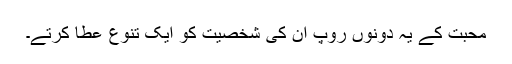
محبت کے یہ دونوں روپ ان کی شخصیت کو ایک تنوع عطا کرتے۔